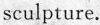
sculpture.